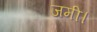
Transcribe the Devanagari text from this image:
जमी।